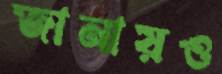
জানায়ও